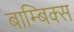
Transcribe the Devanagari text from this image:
बाम्बिक्स